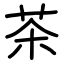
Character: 茶